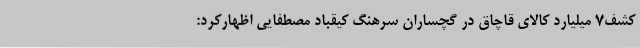
کشف7 میلیارد کالای قاچاق در گچساران سرهنگ کیقباد مصطفایی اظهارکرد: